Leaving Certificate, 1924
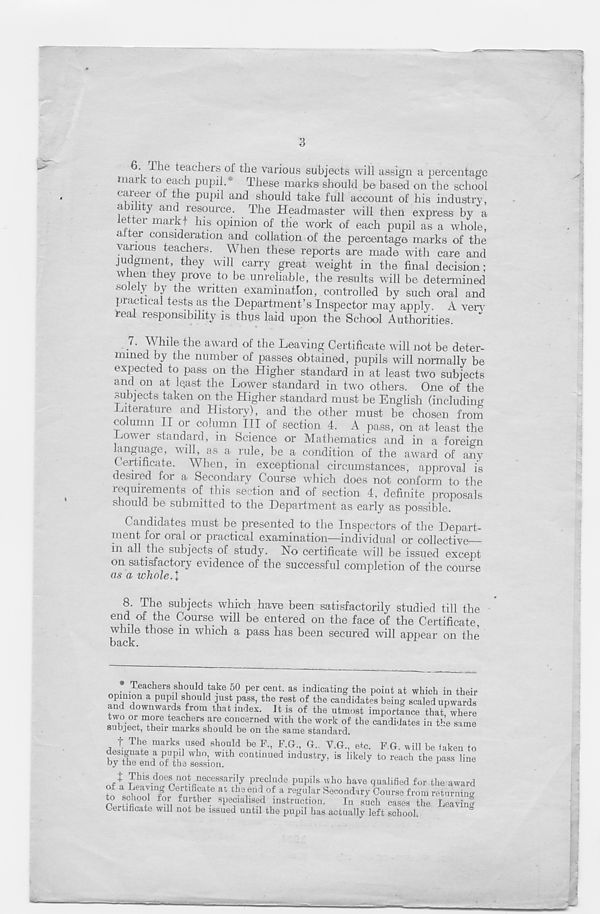
3
6. Hie teachers of the various subjects will assign a percentage
mark to each pupil.* These marks should be based on the school
career of the pupil and should take full account of his industry
ability and resource. The Headmaster will then express by a
letter markf his opinion of the work of each pupil as a whole,
alter consideration and collation of the percentage marks of the
various teachers. When these reports are made with care and
judgment, they will carry great weight in the final decision;
wien they prove to he unreliable, the results will be determined
solely by the written examination, controlled by such oral and
practical tests as the Department’s Inspector may apply. A verv
real responsibility is thus laid upon the School Authorities.
7. While the award of the Leaving Certificate will not be deter-
mined by the number of passes obtained, pupils will normally be
expected to pass on the Higher standard in at least two subjects
and on at least the Lower standard in two others. One of the
subjects taken on the Higher standard must be English (including
Literature and History), and the other must be chosen from
column II or column HI of section 4. A pass, on at least the
Dower standard, in Science or Mathematics and in a foreign
language, will, as a rule, be a condition of the award of any
Certificate. When, in exceptional circumstances, approval is
desired for a Secondary Course which does not conform to the
requirements of this section and of section 4, definite proposals
should be submitted to the Department as early as possible
Candidates must be presented to the Inspectors of the Depart-
inent for oral or practical examination—individual or collective
in all the subjects of study. No certificate will be issued except
on satisfactory evidence of the successful completion of the course
as a whole.I
8.
The subjects which have been sati
end of the Course will be entered on the face of the Certificate,
while those in which a pass has been secured will appear on the
back.
Teachers should take 50 per cent, as indicating the point at which in their
opinion a pupil should just pass, the rest of the candidates being scaled upwards
and downwards from that index. It is of the utmost importance tha^where
“? re teach
1
ers , are concerned with the work of the candidates in the same
subject, then maiks should be on the same standard.
f The marks used should be F., F.G, G.. V.G., etc. FG will be taken to
co " ti,u,ed
to »«* *• *»
t This does not necessarily preclude pupils who have qualified for the award
to sinnlT Ce f ^l te at ths
I
elld
1
of a re g u!ar Secondary Course from returning
Cprhfi I 1
n fu fu er S P e
J
clall8e
1
d instruction.
In sucli cases the Leaving
Certificate will not be issued until the pupil has actually left school.